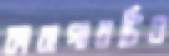
কারাগারটিও